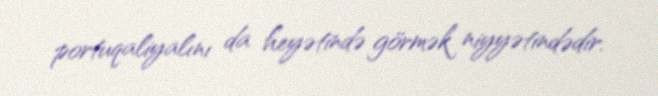
portuqaliyalını da heyətində görmək niyyətindədir.